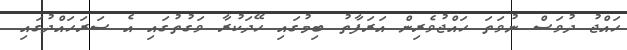
ހައްޖު ދުވަސް ނުވަތަ ހައްޖުވެރިން އަރަފާތު ބިމުގައި ހޭދަކުރާ ވަގުތުގައި އެ ސަރަހައްދުގައި